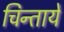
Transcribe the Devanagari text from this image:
चिन्तायें